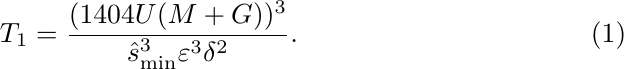
\begin{equation}\label{eq:set-of-T1}
    T_1 =\frac{(1404U(M+G))^3}{\hat{s}_{\min}^3\varepsilon^3\delta^2}.
\end{equation}